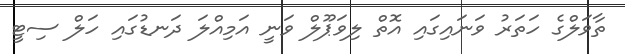
ތާވަލްގެ ހަތަރު ވަނައިގައި އޮތް ލިވަޕޫލް ވަނީ އަމިއްލަ ދަނޑުގައި ހަލް ސިޓީ